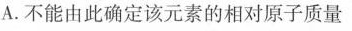
A.不能由此确定该元素的相对原子质量